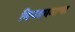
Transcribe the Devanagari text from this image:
विपश्यनाचा